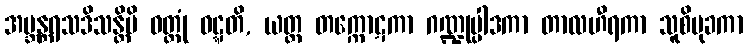
အဗ္ဘန္တရသဒိသန္တိပိ ဝတ္တုံ ဝဋ္ဋတိ, ယတ္ထ တက္ကောဋကာ ဂဏ္ဍုပ္ပါဒကာ တာလဟီရကာ သူစိမုခကာ